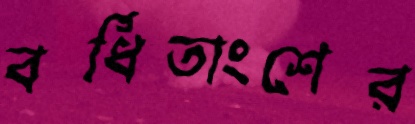
বর্ধিতাংশের